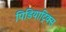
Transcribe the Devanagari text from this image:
पिडियाट्रिक्स